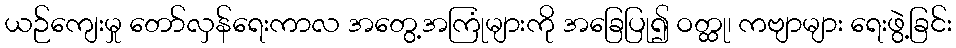
ယဉ်ကျေးမှု တော်လှန်ရေးကာလ အတွေ့အကြုံများကို အခြေပြု၍ ဝတ္ထု၊ ကဗျာများ ရေးဖွဲ့ခြင်း